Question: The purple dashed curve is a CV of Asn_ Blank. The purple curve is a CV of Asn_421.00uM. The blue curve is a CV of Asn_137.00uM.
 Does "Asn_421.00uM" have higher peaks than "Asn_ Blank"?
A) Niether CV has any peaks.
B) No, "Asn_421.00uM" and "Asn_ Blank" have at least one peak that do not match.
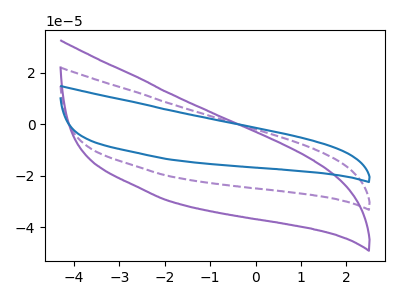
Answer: <think>The purple dashed curve "Asn_ Blank" has no peaks. The purple curve "Asn_421.00uM" has no peaks. The blue curve "Asn_137.00uM" has no peaks.</think>
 <answer>A) Niether CV has any peaks.</answer>
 <eval>A</eval>